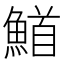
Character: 𮬅